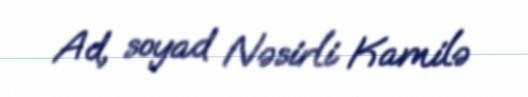
Ad, soyad Nəsirli Kamilə